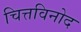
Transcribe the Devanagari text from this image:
चित्तविनोद